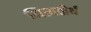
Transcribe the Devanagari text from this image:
नित्यतीर्थ